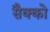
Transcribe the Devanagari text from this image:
सैक्को